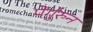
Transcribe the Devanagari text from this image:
पेर्गुरुन